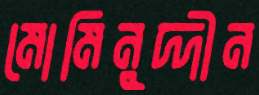
মোমিনুদ্দীন